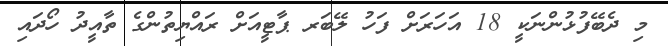
މި ދެބޭފުޅުންނަކީ 18 އަހަރަށް ފަހު ލޭބަރ ޕާޓީއަށް ރައްޔިތުންގެ ތާއީދު ހޯދައި